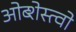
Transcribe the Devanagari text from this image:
ओब्शेस्त्वो